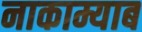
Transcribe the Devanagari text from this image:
नाकाम्याब